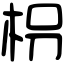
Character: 枴